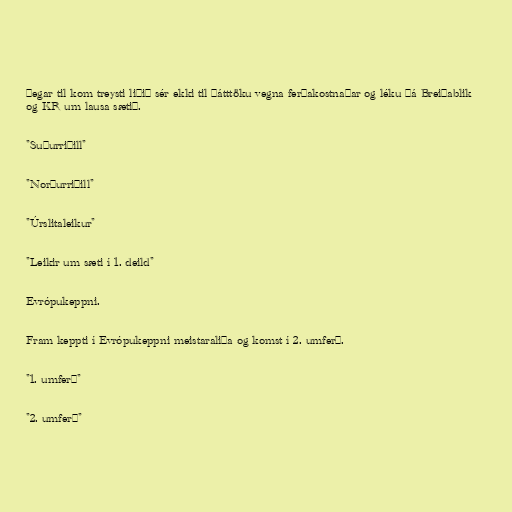
Þegar til kom treysti liðið sér ekki til þátttöku vegna ferðakostnaðar og léku þá Breiðablik
og KR um lausa sætið.

"Suðurriðill"

"Norðurriðill"

"Úrslitaleikur"

"Leikir um sæti í 1. deild"

Evrópukeppni.

Fram keppti í Evrópukeppni meistaraliða og komst í 2. umferð.

"1. umferð"

"2. umferð"